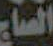
الصاج